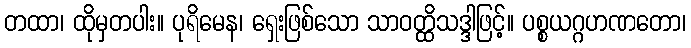
တထာ၊ ထိုမှတပါး။ ပုရိမေန၊ ရှေးဖြစ်သော သာဝတ္ထိသဒ္ဒါဖြင့်။ ပစ္စယဂ္ဂဟဏတော၊